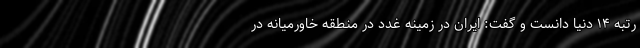
رتبه ۱۴ دنیا دانست و گفت: ایران در زمینه غدد در منطقه خاورمیانه در